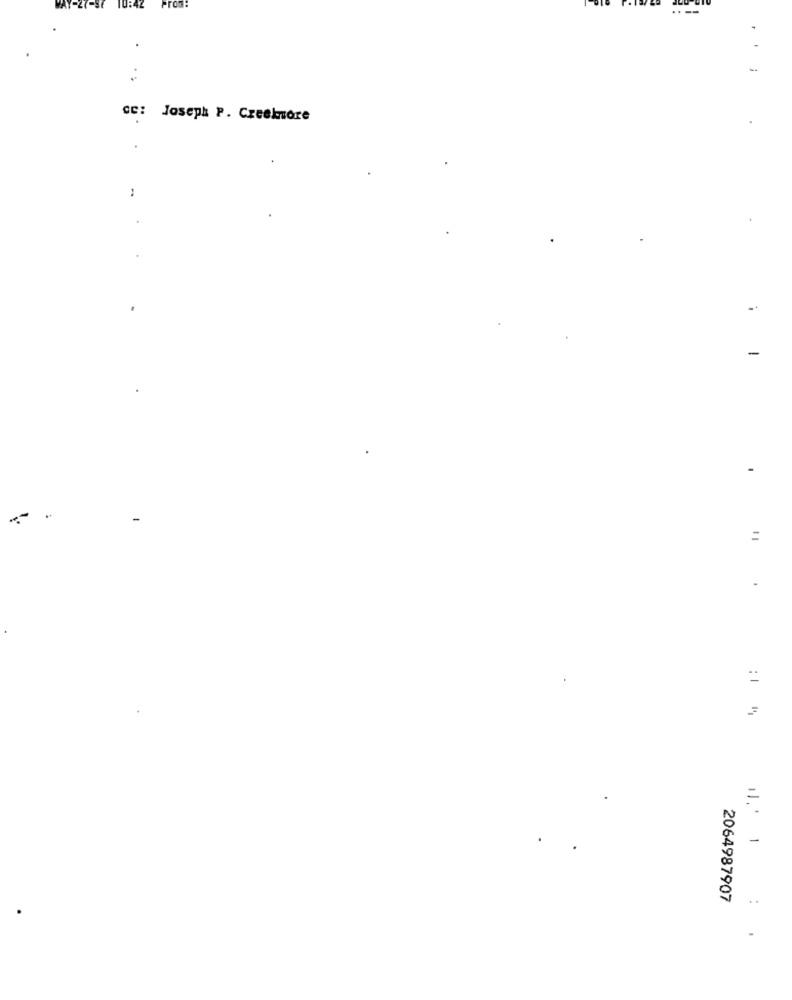
Promi
cc: Joseph P. Creekmore
-
11
1.' 1
2064987907